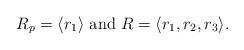
LaTeX: \begin{align*}R_p=\langle r_1\rangle\textrm{ and }R=\langle r_1,r_2,r_3\rangle.\end{align*}